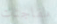
مفاجئات